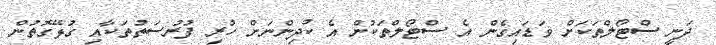
ދަނީ ސްޓޯލްތަކަށް ވަޑައިގެން އެ ސްޓޯލްތަކުން އެ ކުދިންނަށް ހުރި ފުރުސަތުތަކާއި ގުޅޭގޮތުން